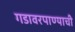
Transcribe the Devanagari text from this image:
गडावरपाण्याची